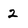
Character: 2